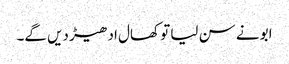
ابو نے سن لیا تو کھال ادھیڑ دیں گے۔